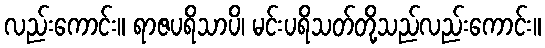
လည်းကောင်း။ ရာဇပရိသာပိ၊ မင်းပရိသတ်တို့သည်လည်းကောင်း။